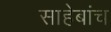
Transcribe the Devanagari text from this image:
साहेबांच